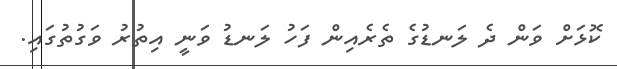
ކޮޅަށް ވަން ދެ ލަނޑުގެ ތެރެއިން ފަހު ލަނޑު ވަނީ އިތުރު ވަގުތުގައި.